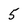
Character: 5